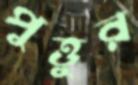
পুত্তুর